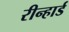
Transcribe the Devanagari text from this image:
रीन्हार्ड